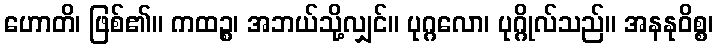
ဟောတိ၊ ဖြစ်၏။ ကထဉ္စ၊ အဘယ်သို့လျှင်။ ပုဂ္ဂလော၊ ပုဂ္ဂိုလ်သည်။ အနနုဝိစ္စ၊